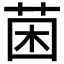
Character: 𮏄